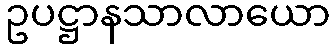
ဥပဋ္ဌာနသာလာယော